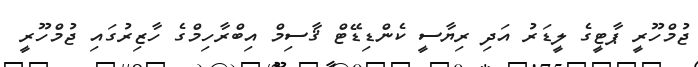
ޖުމްހޫރީ ޕާޓީގެ ލީޑަރު އަދި ރިޔާސީ ކެންޑިޑޭޓް ޤާސިމް އިބްރާހިމްގެ ހާޒިރުގައި ޖުމްހޫރީ